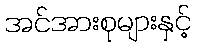
အင်အားစုများနှင့်